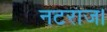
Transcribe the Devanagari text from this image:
नटराज।